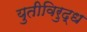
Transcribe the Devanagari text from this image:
युतीविरुद्ध